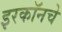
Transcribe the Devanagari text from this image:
इरकॉनचे